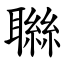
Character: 䏈